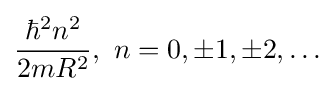
{\frac {\hbar ^{2}n^{2}}{2mR^{2}}},\,\,n=0,\pm 1,\pm 2,\ldots